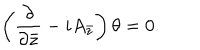
\left( \frac { \partial } { \partial \bar { z } } - i A _ { \bar { z } } \right) \theta = 0 .